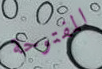
المفتوحة